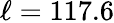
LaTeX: \ell=117.6